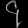
Digit: ၄